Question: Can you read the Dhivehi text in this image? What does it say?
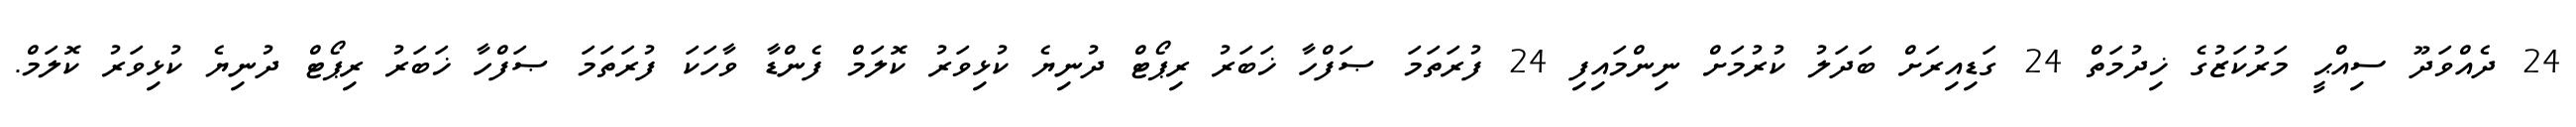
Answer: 24 ދެއްވަދޫ ސިއްޙީ މަރުކަޒުގެ ޚިދުމަތް 24 ގަޑިއިރަށް ބަދަލު ކުރުމަށް ނިންމައިފި 24 ފުރަތަމަ ޞަފްހާ ޚަބަރު ރިޕޯޓް ދުނިޔެ ކުޅިވަރު ކޮލަމް ފެންޑާ ވާހަކަ ފުރަތަމަ ޞަފްހާ ޚަބަރު ރިޕޯޓް ދުނިޔެ ކުޅިވަރު ކޮލަމް.